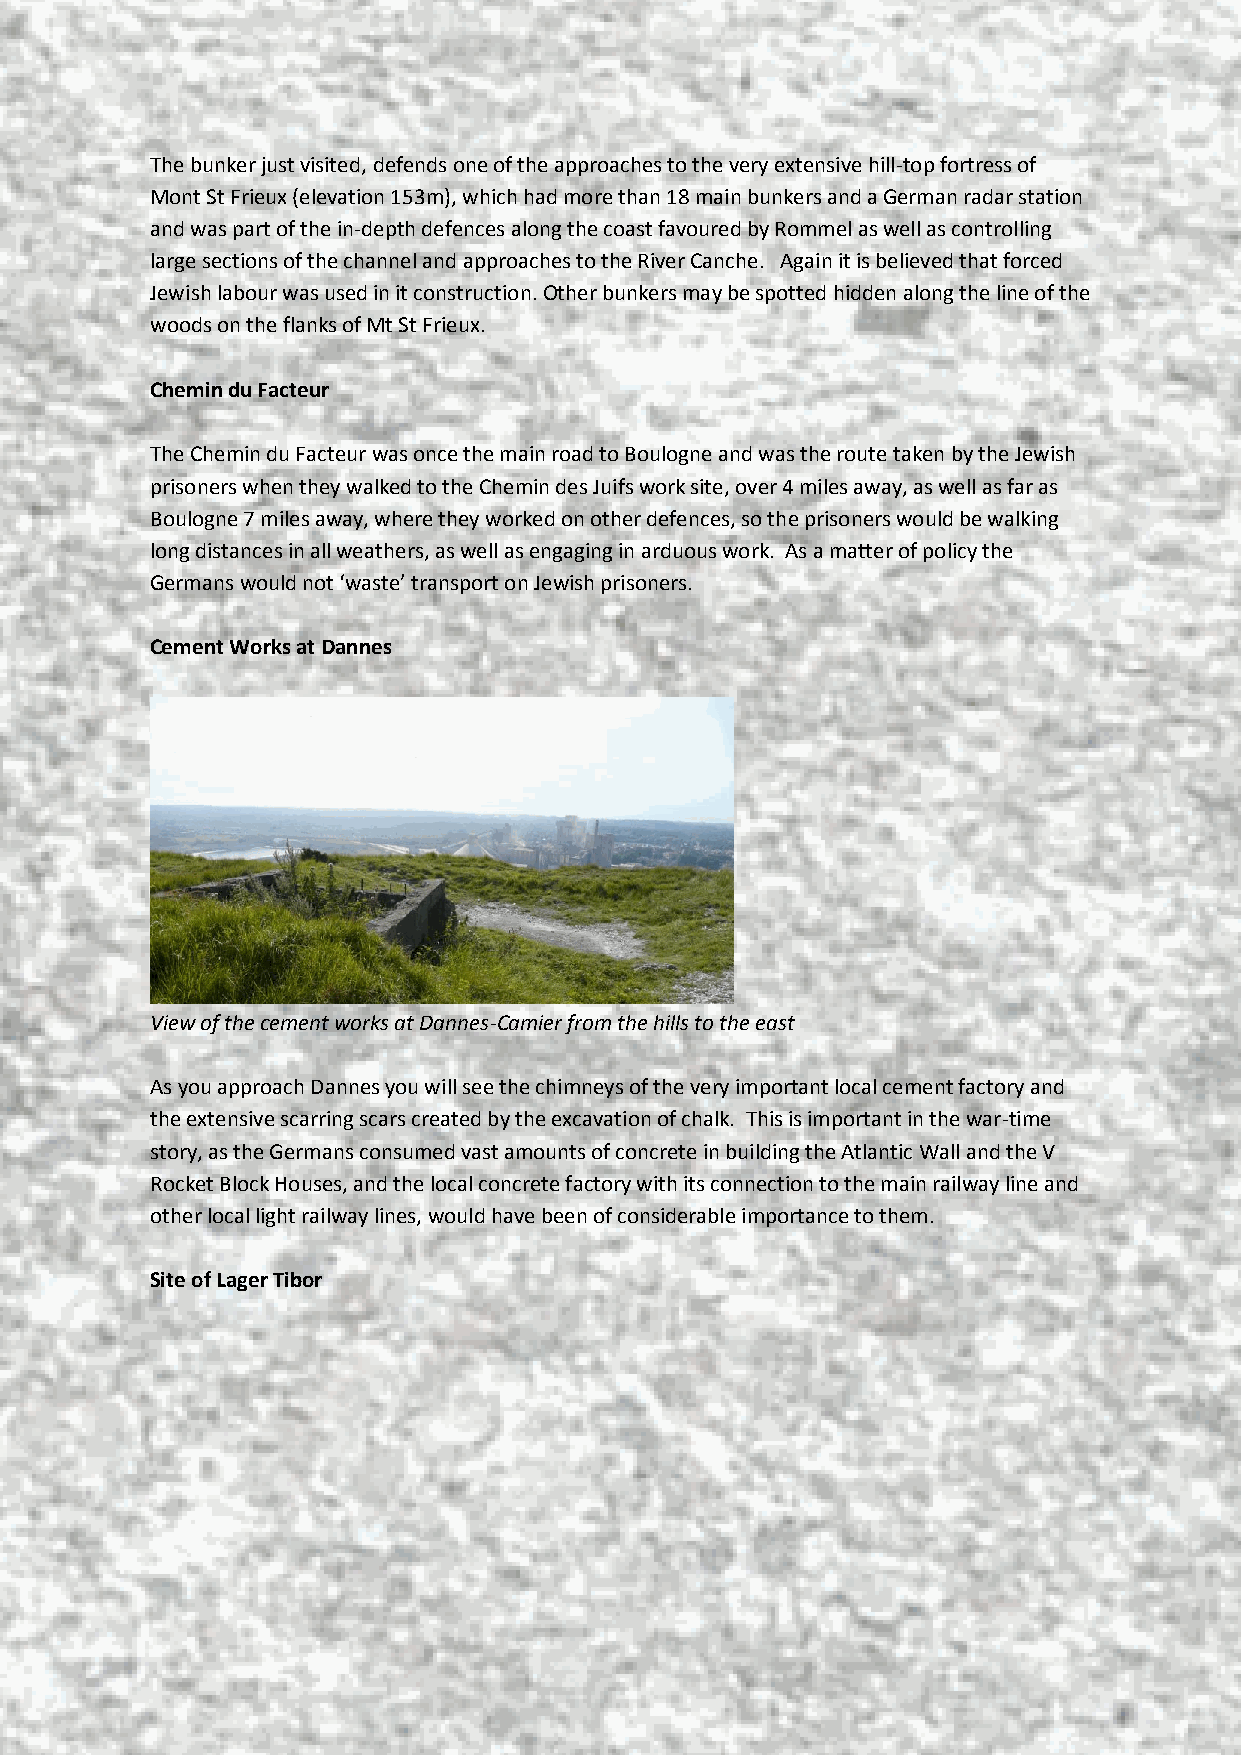
The bunker just visited, defends one of the approaches to the very extensive hill-top fortress of
 Mont St Frieux (elevation 153m), which had more than 18 main bunkers and a German radar station
 and was part of the in-depth defences along the coast favoured by Rommel as well as controlling
 large sections of the channel and approaches to the River Canche. Again it is believed that forced
 Jewish labour was used in it construction. Other bunkers may be spotted hidden along the line of the
 woods on the flanks of Mt St Frieux.
 Chemin du Facteur
 The Chemin du Facteur was once the main road to Boulogne and was the route taken by the Jewish
 prisoners when they walked to the Chemin des Juifs work site, over 4 miles away, as well as far as
 Boulogne 7 miles away, where they worked on other defences, so the prisoners would be walking
 long distances in all weathers, as well as engaging in arduous work. As a matter of policy the
 Germans would not ‘waste’ transport on Jewish prisoners.
 Cement Works at Dannes
 View of the cement works at Dannes-Camier from the hills to the east
 As you approach Dannes you will see the chimneys of the very important local cement factory and
 the extensive scarring scars created by the excavation of chalk. This is important in the war-time
 story, as the Germans consumed vast amounts of concrete in building the Atlantic Wall and the V
 Rocket Block Houses, and the local concrete factory with its connection to the main railway line and
 other local light railway lines, would have been of considerable importance to them.
 Site of Lager Tibor